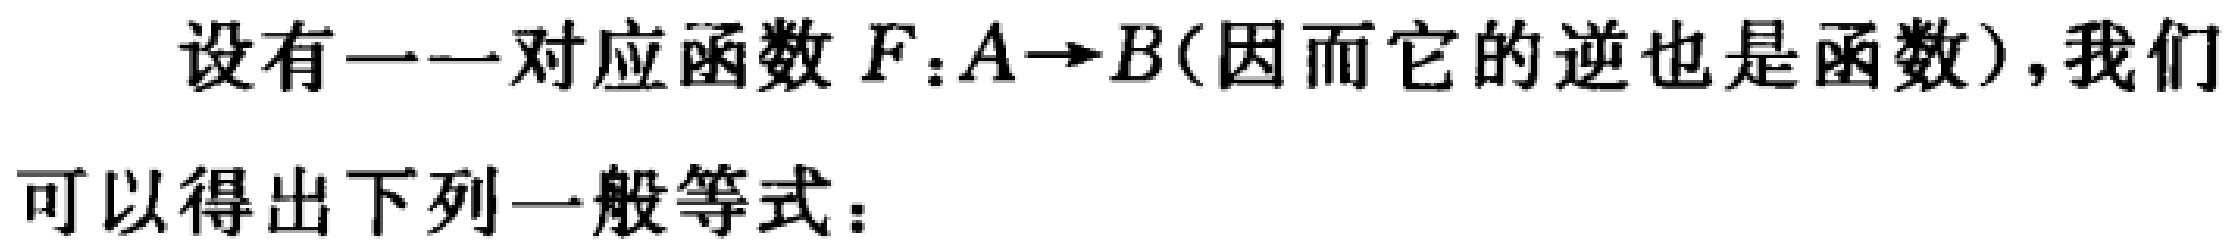
设有一一对应函数 \(F:A\rightarrow B\)(因而它的逆也是函数),我们可以得出下列一般等式：